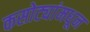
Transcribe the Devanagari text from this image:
कसोट्यांमधून